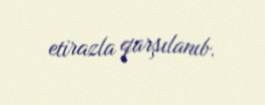
etirazla qarşılanıb.